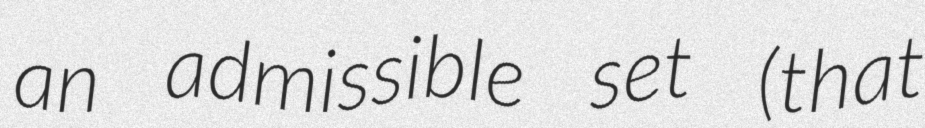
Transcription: an admissible set (that